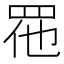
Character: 𱲬